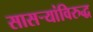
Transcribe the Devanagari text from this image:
सासऱ्यांविरुद्ध